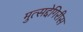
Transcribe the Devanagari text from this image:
मुत्सद्देगिरीस